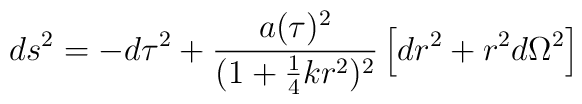
ds^2 = -d\tau^2 + \frac{a(\tau)^2}{(1 + \mbox{$\frac{1}{4}$}kr^2)^2}\left[dr^2 + r^2 d\Omega^2\right]